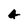
Character: 4